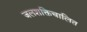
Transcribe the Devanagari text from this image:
जलशक्तिचालित